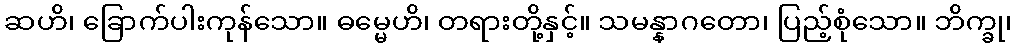
ဆဟိ၊ ခြောက်ပါးကုန်သော။ ဓမ္မေဟိ၊ တရားတို့နှင့်။ သမန္နာဂတော၊ ပြည့်စုံသော။ ဘိက္ခု၊